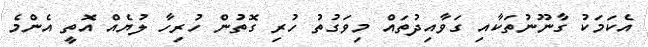
އެކަމަކު ގާނޫނުތަކާއި ގަވާއިދުތައް މިވަގުތު ހުރި ގޮތުން ހުރިހާ ލުޔެއް އޮތީ އެންމެ